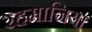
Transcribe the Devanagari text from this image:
रहमानिया